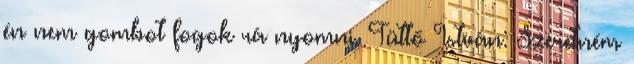
én nem gombot fogok rá nyomni. Tüttő István: Szeretném